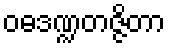
ဝဓဒဏ္ဍတဇ္ဇိတာ